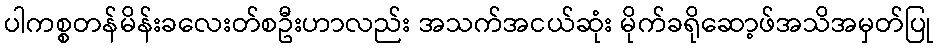
ပါကစ္စတန်မိန်းခလေးတ်စဦးဟာလည်း အသက်အငယ်ဆုံး မိုက်ခရိုဆော့ဖ်အသိအမှတ်ပြု